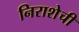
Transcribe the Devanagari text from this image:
निराशेची